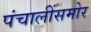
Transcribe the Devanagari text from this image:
पंचालींसमोर